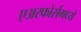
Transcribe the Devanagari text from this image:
एअरफोर्समध्ये